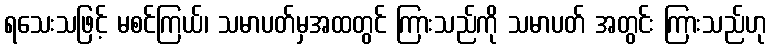
ရသေးသဖြင့် မစင်ကြယ်၊ သမာပတ်မှအထတွင် ကြားသည်ကို သမာပတ် အတွင်း ကြားသည်ဟု